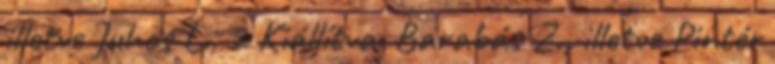
illetve Juhos L., 2 Kiállítva: Barabás Z., illetve Pintér